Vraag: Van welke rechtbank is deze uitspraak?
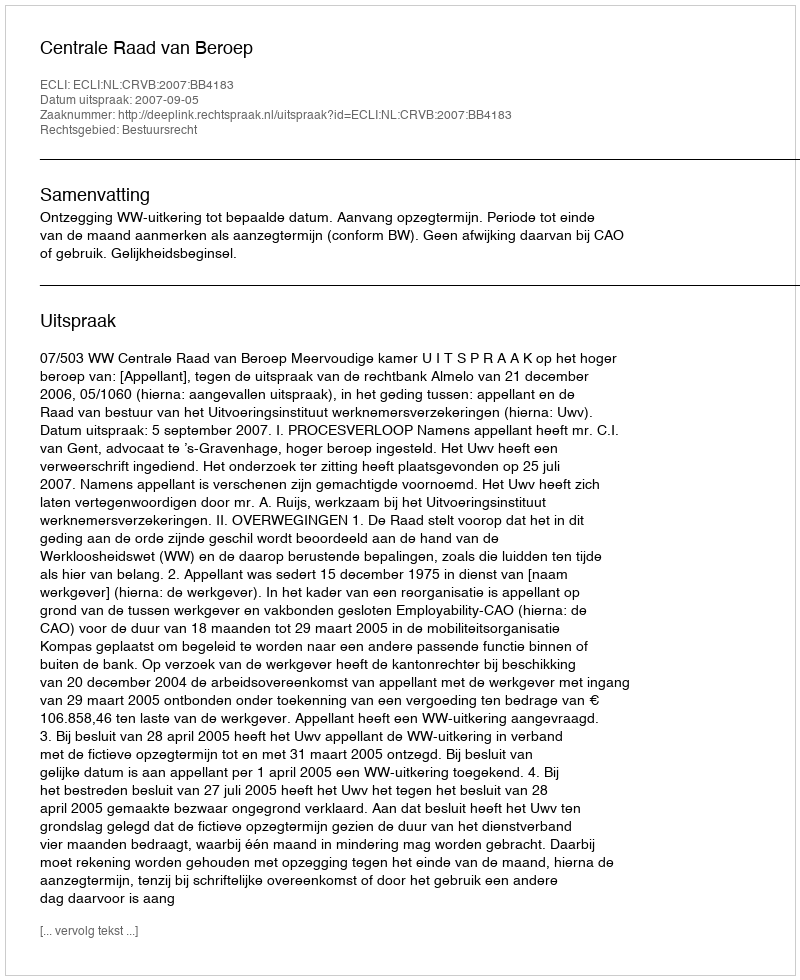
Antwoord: Centrale Raad van Beroep